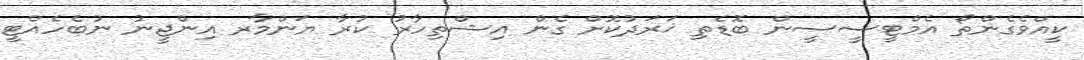
ކީއްވެގެންތޯ އެމްޓީސީސީން ބޮޑެތި ޚަރަދުކޮށް ގެން އިޝްތިހާރު ކުރާ ޔަންމާރ އިންޖީނު ނުބެހެއްޓީ